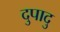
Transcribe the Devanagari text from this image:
दुपादु